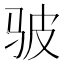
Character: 𫘟